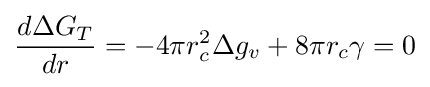
{\frac {d\Delta G_{T}}{dr}}=-4\pi r_{c}^{2}\Delta g_{v}+8\pi r_{c}\gamma =0